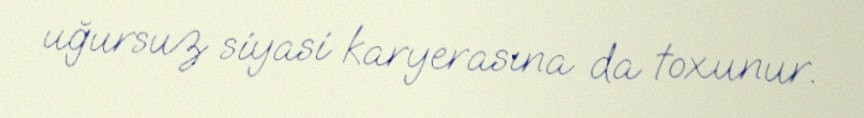
uğursuz siyasi karyerasına da toxunur.